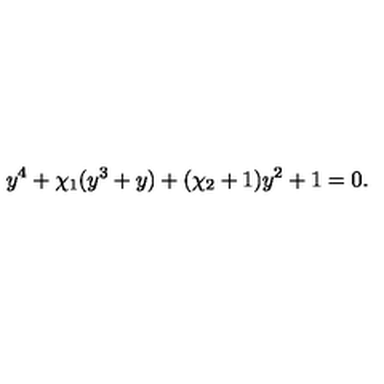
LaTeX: y ^ { 4 } + \chi _ { 1 } ( y ^ { 3 } + y ) + ( \chi _ { 2 } + 1 ) y ^ { 2 } + 1 = 0 .